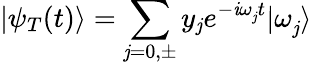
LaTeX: |\psi_{T}(t)\rangle=\sum_{\substack{\mathit{j}=0,\pm}}y_{\mathit{j}}e^{-\mathit{i}\omega_{\mathit{j}}^{}t}|\omega_{\mathit{j}}^{}\rangle